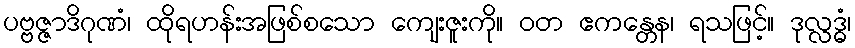
ပဗ္ဗဇ္ဇာဒိဂုဏံ၊ ထိုရဟန်းအဖြစ်စသော ကျေးဇူးကို။ ဝတ ဧကန္တေန၊ ရသဖြင့်။ ဒုလ္လဒ္ဓံ၊